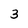
Character: 3